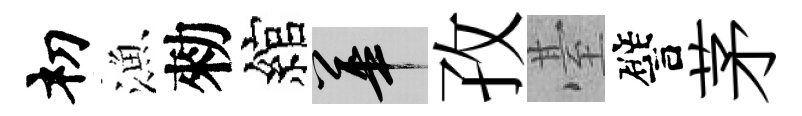
𥘉漁勑綰華孜䑓譬茅